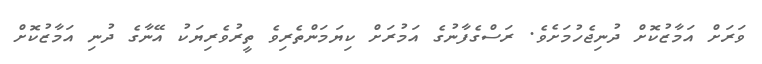
ވަރަށް އަމާޒުކޮށް ދުނިޖެހުމަށެވެ. ރަސްގެފާނުގެ އަމުރަށް ކިޔަމަންތެރިވެ ތީރުވެރިޔަކު އޭނާގެ ދުނި އަމާޒުކޮށް